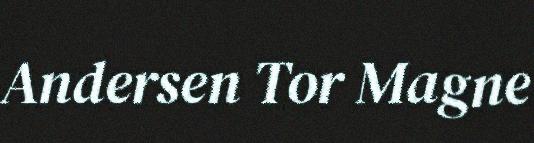
Andersen Tor Magne